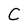
Character: C